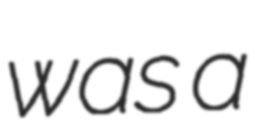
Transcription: was a